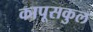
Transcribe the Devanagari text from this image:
कापूसकुल